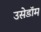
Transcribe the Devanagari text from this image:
उसेडॉम